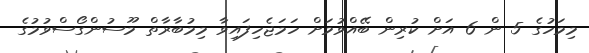
މިމަހުގެ 5 ން 6 އަށް ކުރިން ބޭއްވުމަށް ހަމަޖެހިފައިވާ މިމުބާރާތް މޫސުންގޯސްވުމުގެ